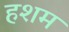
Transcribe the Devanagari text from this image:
हशम